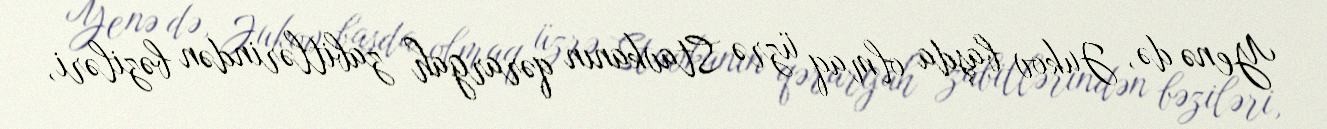
Yenə də, Jukov başda olmaq üzrə Stavkanın qərargah zabitlərindən bəziləri,